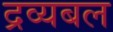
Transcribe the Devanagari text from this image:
द्रव्यबल